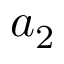
a _ { 2 }